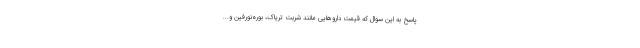
پاسخ به این سوال که قیمت داروهایی مانند شربت تریاک، بوره‌نورفین و...